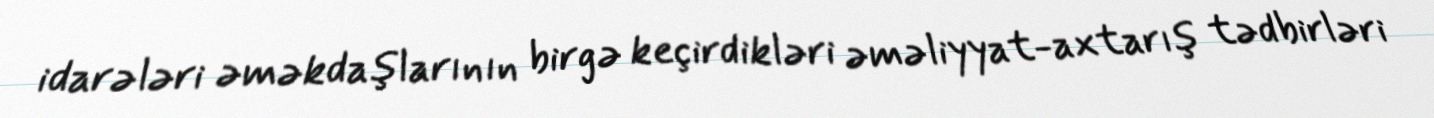
idarələri əməkdaşlarının birgə keçirdikləri əməliyyat-axtarış tədbirləri